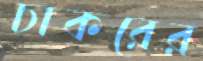
চাকরের